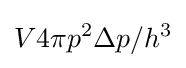
V4\pi p^{2}\Delta p/h^{3}